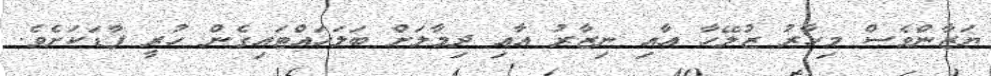
ޔަޒާންވެސް މިހާރު ޒުލޭހާ އާއި ނިޒާރު އާއި ދިމާލަށް ބަލަހައްޓައިގެން ހުރީ ފާޑަކަށެވެ.